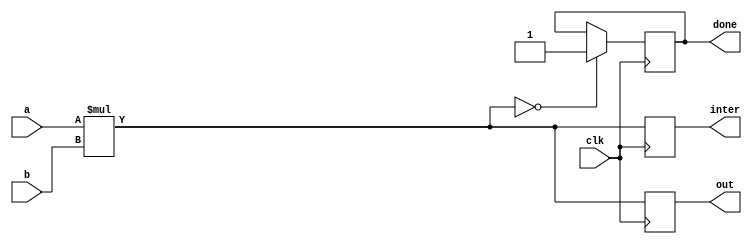
module  multiplerr(out,done,inter,a,b,clk);
output reg [15:0] out;
output reg [15:0] inter;
output reg done;
input wire [15:0] a;
input wire [15:0] b;
input clk;

always@(posedge clk) 
begin
#10 out=a*b;
#12 inter=a*b;
if(out==0)
begin
done=1;
end
end 

endmodule